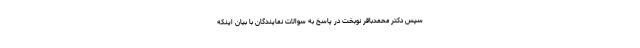
سپس دکتر محمدباقر نوبخت در پاسخ به سوالات نمایندگان با بیان اینکه